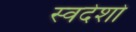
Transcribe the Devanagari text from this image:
स्वदेशो